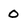
Character: 0